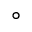
^ \circ